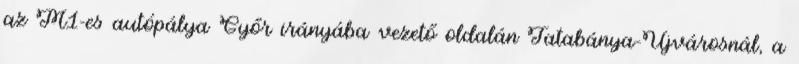
az M1-es autópálya Győr irányába vezető oldalán Tatabánya-Újvárosnál, a